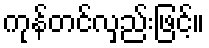
ကုန်တင်လှည်းဖြင့်။